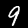
Digit: 9